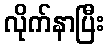
လိုက်နာပြီး